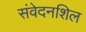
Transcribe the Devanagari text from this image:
संवेदनशिल